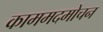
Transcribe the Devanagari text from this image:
काममदमोचन